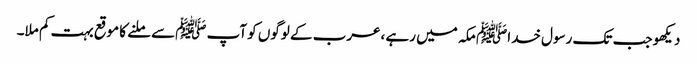
دیکھو جب تک رسول خداﷺ مکہ میں رہے ،عرب کے لوگوں کو آپ ﷺسے ملنے کا موقع بہت کم ملا۔